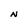
Character: n